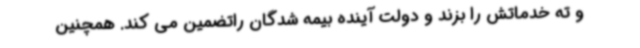
و ته خدماتش را بزند و دولت آینده بیمه شدگان راتضمین می کند. همچنین